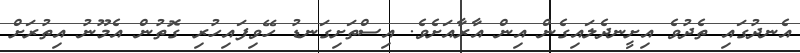
އެނދުގައި ތެދުވެ އިށީނދެލައިގެން އިން އާރާއަށެވެ. އިސްތަށިގަނޑު ހޭވިފައިހުރި ގޮތުން އެމޫނު އިތުރަށް